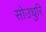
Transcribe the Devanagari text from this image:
सोउधुरि